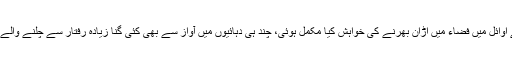
بیسویں صدی کے اوائل میں فضاء میں اڑان بھرنے کی خواہش کیا مکمل ہوئی، چند ہی دہائیوں میں آواز سے بھی کئی گنا زیادہ رفتار سے چلنے والے جہاز تک آ گئے۔